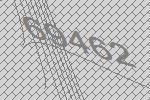
69462